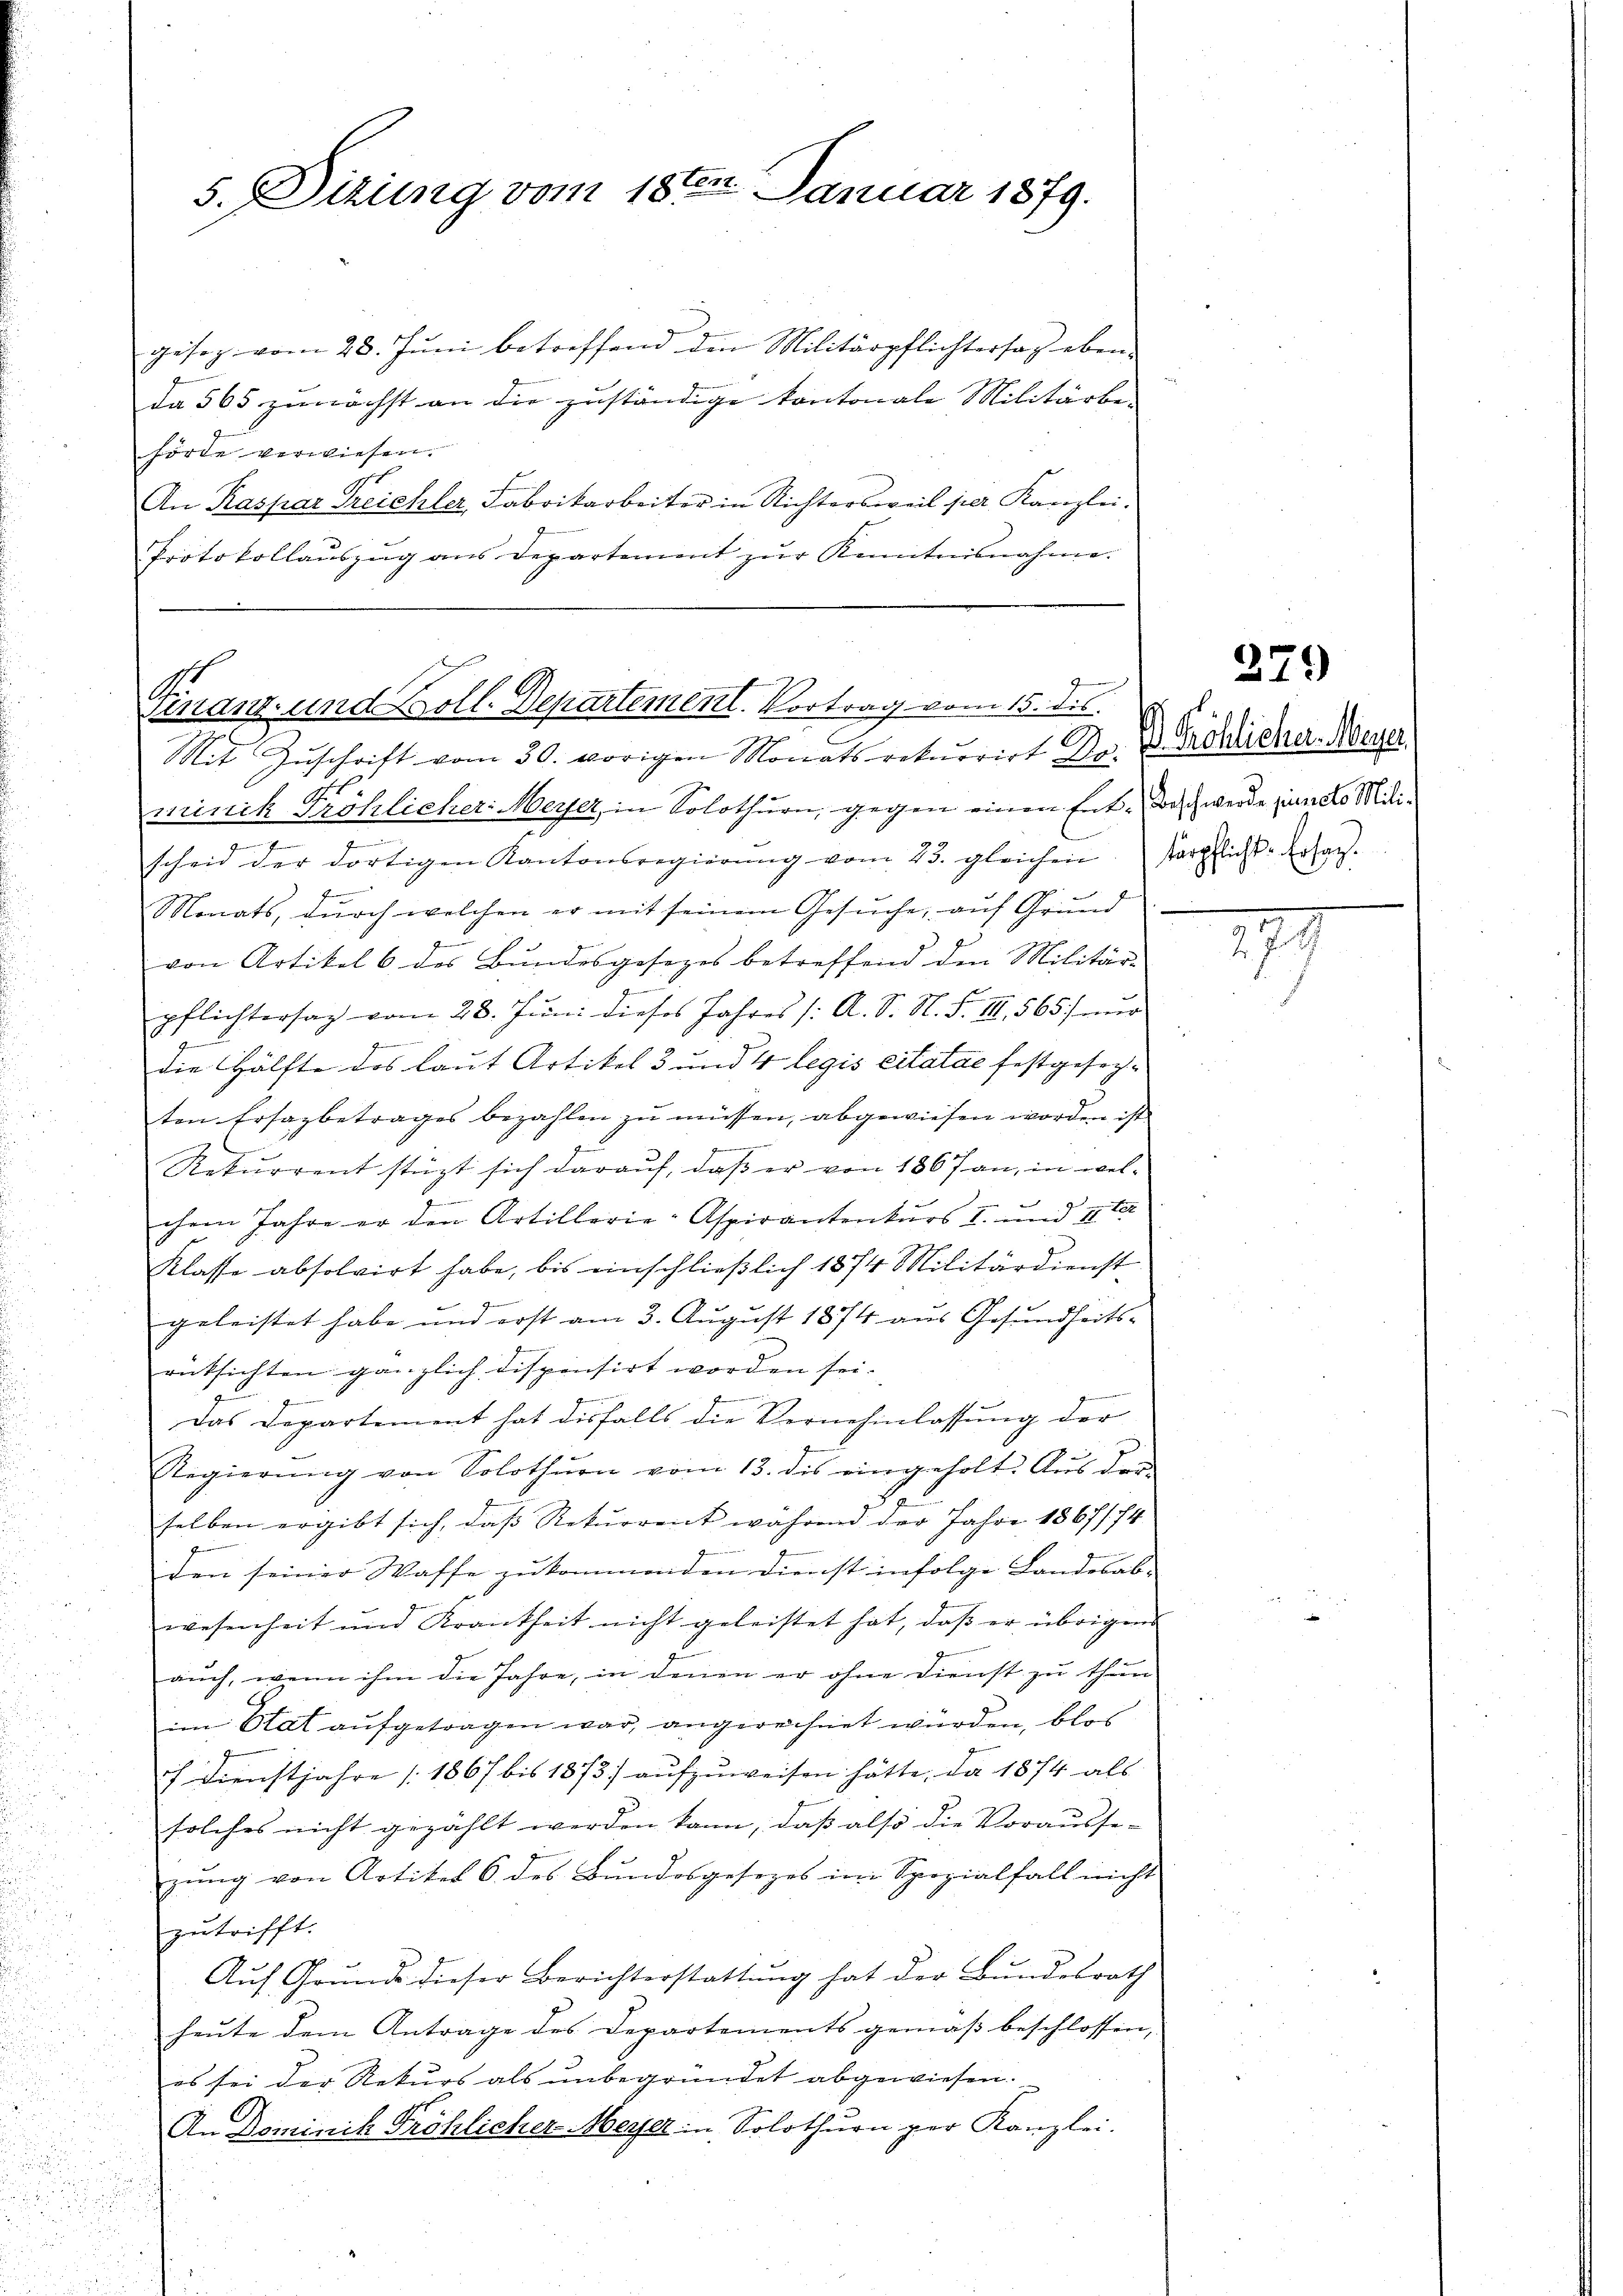
5. Sizung vom 18ten Januar 1879.

gesez vom 28. Jŭni betreffend den Militärpflichtersag eben-
da 565 zunächst an die zuständige kontonale Militärbe- |
hörte verwiesen.
An Kaspar Treichler, Fabrikarbeiter in Richtersweil per Kanzlei-
Protokollaŭszŭg ans Departement zŭr Kenntnisnahme.

Finanz- und soll. Departement. Vortrag vom 15. dis

Mit Zŭschrift vom 30. vorigen Monats rekurrirt Dr. d. Fröhlicher. Meyer
2
minik Tröhlicher Meyer, in Solothurn, gegen einen Ent-Beschwerde juncto Milie
d
scheid der dortigen Kantonsregierŭng vom 23. gleichen. (tärpflichs-Ersatz.
f
Monats, durch welchen er mit seinem Gesuche, auf Grund
6
von Artikel 6 des Bundesgesezes betreffend den Militär-
z
pflichtersag vom 28. Jŭni dieses Jahres /: A. S. N. F. III 565) nur
ge
die Hälfte des laut Artikel 3 und 4 legis citatae festgeseten Ersazbetrages bezahlen zu müssen, abgewiesen worden ist
Rekurrent stüzt sich darauf, daß er von 1867 an, in wel¬
1
e
2
chem Jahre er den Artillerie-Aspirantenkurs I. und 4 te
Klasse absolvirt habe, bis einschließlich 1874 Militärdienst
geleistet habe und erst am 3. August 1874 aus Gesundheits-
rücksichten gänzlich dispensirt worden sei.
Gemeine einer
Das Departement hat diesfalls die Vernehmlassung der
Regierŭng von Solothurn vom 13. des eingeholt. Aus der
selben ergibt sich, daß Rekurrent während der Jahre 1867 f. 74
den seiner Waffe zukommenden Dienst infolge Landesab- |
wesenheit und Krankheit nicht geleistet hat, daß er übrigen
auch, wenn ihm die Jahre, in denen er ohne Dienst zu thun
im Etat aufgetragen war, angerechnet würden, blos
h. Dienstjahre (1867 bis 1873 aufzuweisen hätte, da 1874 als
solches nicht gezählt werden kann, daβ also die Voraussegŭng von Artikel 6. des Bŭndesgesezes im Spezialfall nicht
zutrifft.
Aŭf Grŭnd dieser Berichterstattŭng hat der Bundesrath
heute dem Antrage des Departements gemäß beschlossen,
es sei der Rekurs als unbegründet abgewiesen.
An Dominik Fröhlicher-Meyer in Solothurn per Kanzlei.

279

777